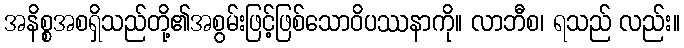
အနိစ္စအစရှိသည်တို့၏အစွမ်းဖြင့်ဖြစ်သောဝိပဿနာကို။ လာဘီစ၊ ရသည် လည်း။